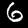
Digit: 6